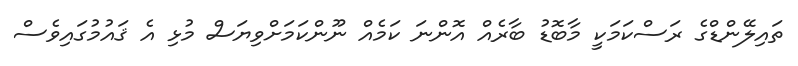
ތައިލޭންޑްގެ ރަސްކަމަކީ މާބޮޑު ބާރެއް އޮންނަ ކަމެއް ނޫންކަމަށްވިޔަސް މުޅި އެ ޤައުމުގައިވެސް